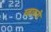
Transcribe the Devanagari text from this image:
रत्नाकरी